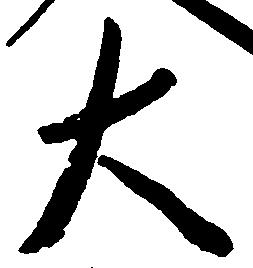
大